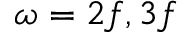
\omega = 2 f , 3 f